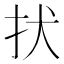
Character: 㧋